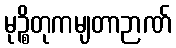
မုဉ္စိတုကမျတာဉာဏ်